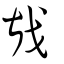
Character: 戡